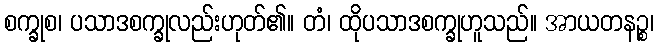
စက္ခုစ၊ ပသာဒစက္ခုလည်းဟုတ်၏။ တံ၊ ထိုပသာဒစက္ခုဟူသည်။ အာယတနဉ္စ၊